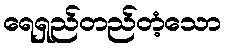
ရေရှည်တည်တံ့သော